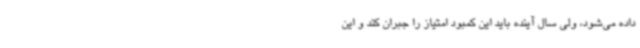
داده می‌شود، ولی سال آینده باید این کمبود امتیاز را جبران کند و این